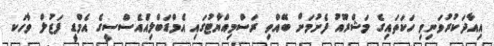
އިއާދަކުރުވަނިވި ހަކަތައިގެ މަޝްރޫއު ފެށުމަށް ބޭއްވި ރަސްމިއްޔާޓުގައި އެމްޑަބްލިއެުއެސްސީގެ އެމްޑީ ފަޒުލް ވާހަކ